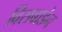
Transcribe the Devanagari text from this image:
विसबाडेन